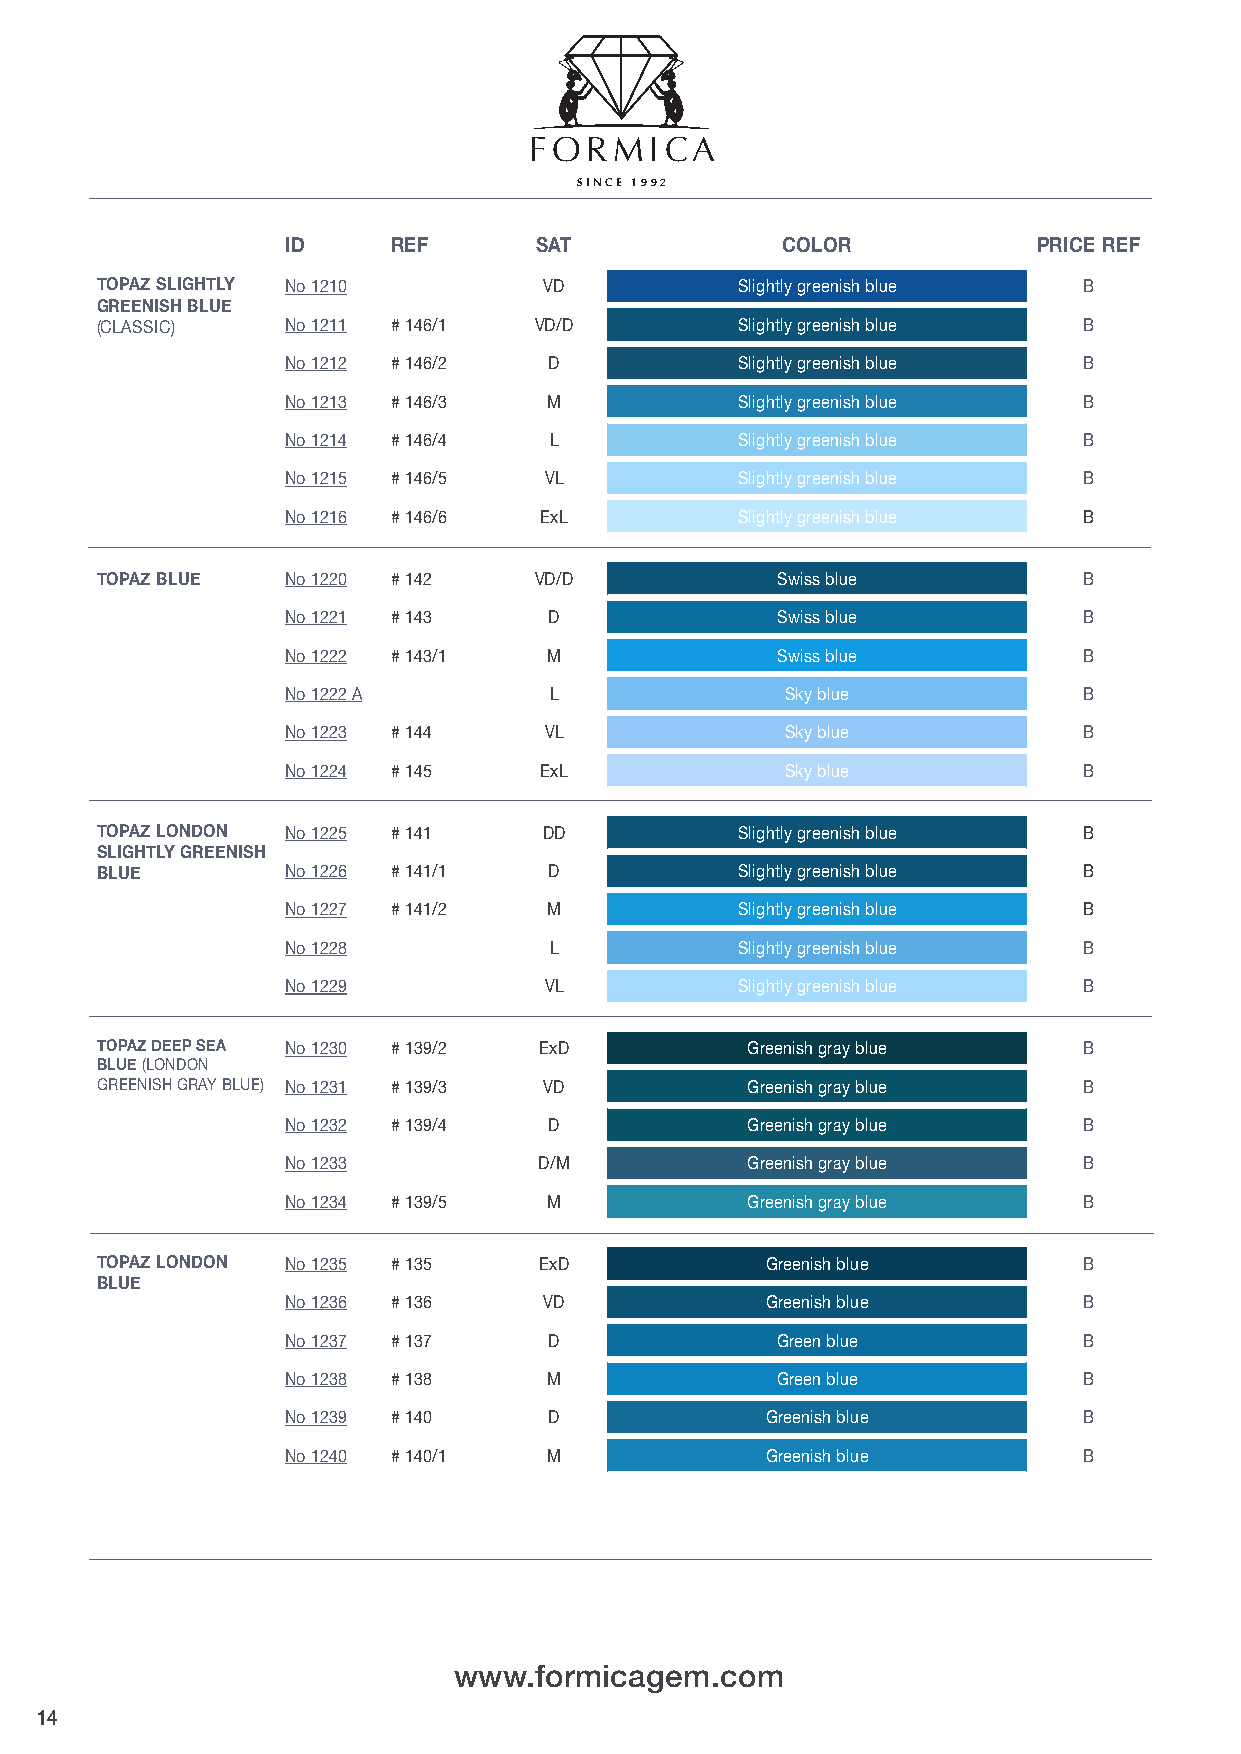
FORMICA
 SIN CE 1992
 ID     REF      SAT              COLOR            PRICE REF
 TOPAZ SLIGHTLY No 1210        VD           Slightly greenish blue B
 GREENISH BLUE
 (CLASSIC)    No 1211 # 146/1 VD/D          Slightly greenish blue B
 No 1212 # 146/2  D            Slightly greenish blue B
 No 1213 # 146/3  M            Slightly greenish blue B
 No 1214 # 146/4  L            Slightly greenish blue B
 No 1215 # 146/5  VL           Slightly greenish blue B
 No 1216 # 146/6  ExL          Slightly greenish blue B
 TOPAZ BLUE   No 1220 # 142   VD/D            Swiss blue           B
 No 1221 # 143    D              Swiss blue           B
 No 1222 # 143/1  M              Swiss blue           B
 No 1222 A        L               Sky blue            B
 No 1223 # 144    VL              Sky blue            B
 No 1224 # 145    ExL             Sky blue            B
 TOPAZ LONDON No 1225 # 141    DD           Slightly greenish blue B
 SLIGHTLY GREENISH
 BLUE         No 1226 # 141/1  D            Slightly greenish blue B
 No 1227 # 141/2  M            Slightly greenish blue B
 No 1228          L            Slightly greenish blue B
 No 1229          VL           Slightly greenish blue B
 TOPAZ DEEP SEA No 1230 # 139/2 ExD         Greenish gray blue     B
 BLUE (LONDON
 GREENISH GRAY BLUE) No 1231 # 139/3 VD     Greenish gray blue     B
 No 1232 # 139/4  D            Greenish gray blue     B
 No 1233          D/M          Greenish gray blue     B
 No 1234 # 139/5  M            Greenish gray blue     B
 TOPAZ LONDON No 1235 # 135    ExD            Greenish blue        B
 BLUE
 No 1236 # 136    VD             Greenish blue        B
 No 1237 # 137    D              Green blue           B
 No 1238 # 138    M              Green blue           B
 No 1239 # 140    D              Greenish blue        B
 No 1240 # 140/1  M              Greenish blue        B
 www.formicagem.com
 14